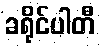
ခရိုင်ပါတီ